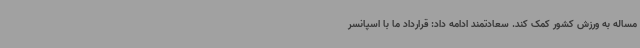
مساله به ورزش کشور کمک کند. سعادتمند ادامه داد: قرارداد ما با اسپانسر